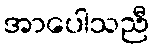
အာပေါသညီ